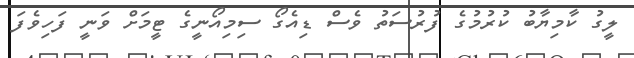
ލީގު ކާމިޔާބު ކުރުމުގެ ފުރުސަތު ވެސް ޑިއެގޯ ސިމިއޯނީގެ ޓީމަށް ވަނީ ފަހިވެފަ